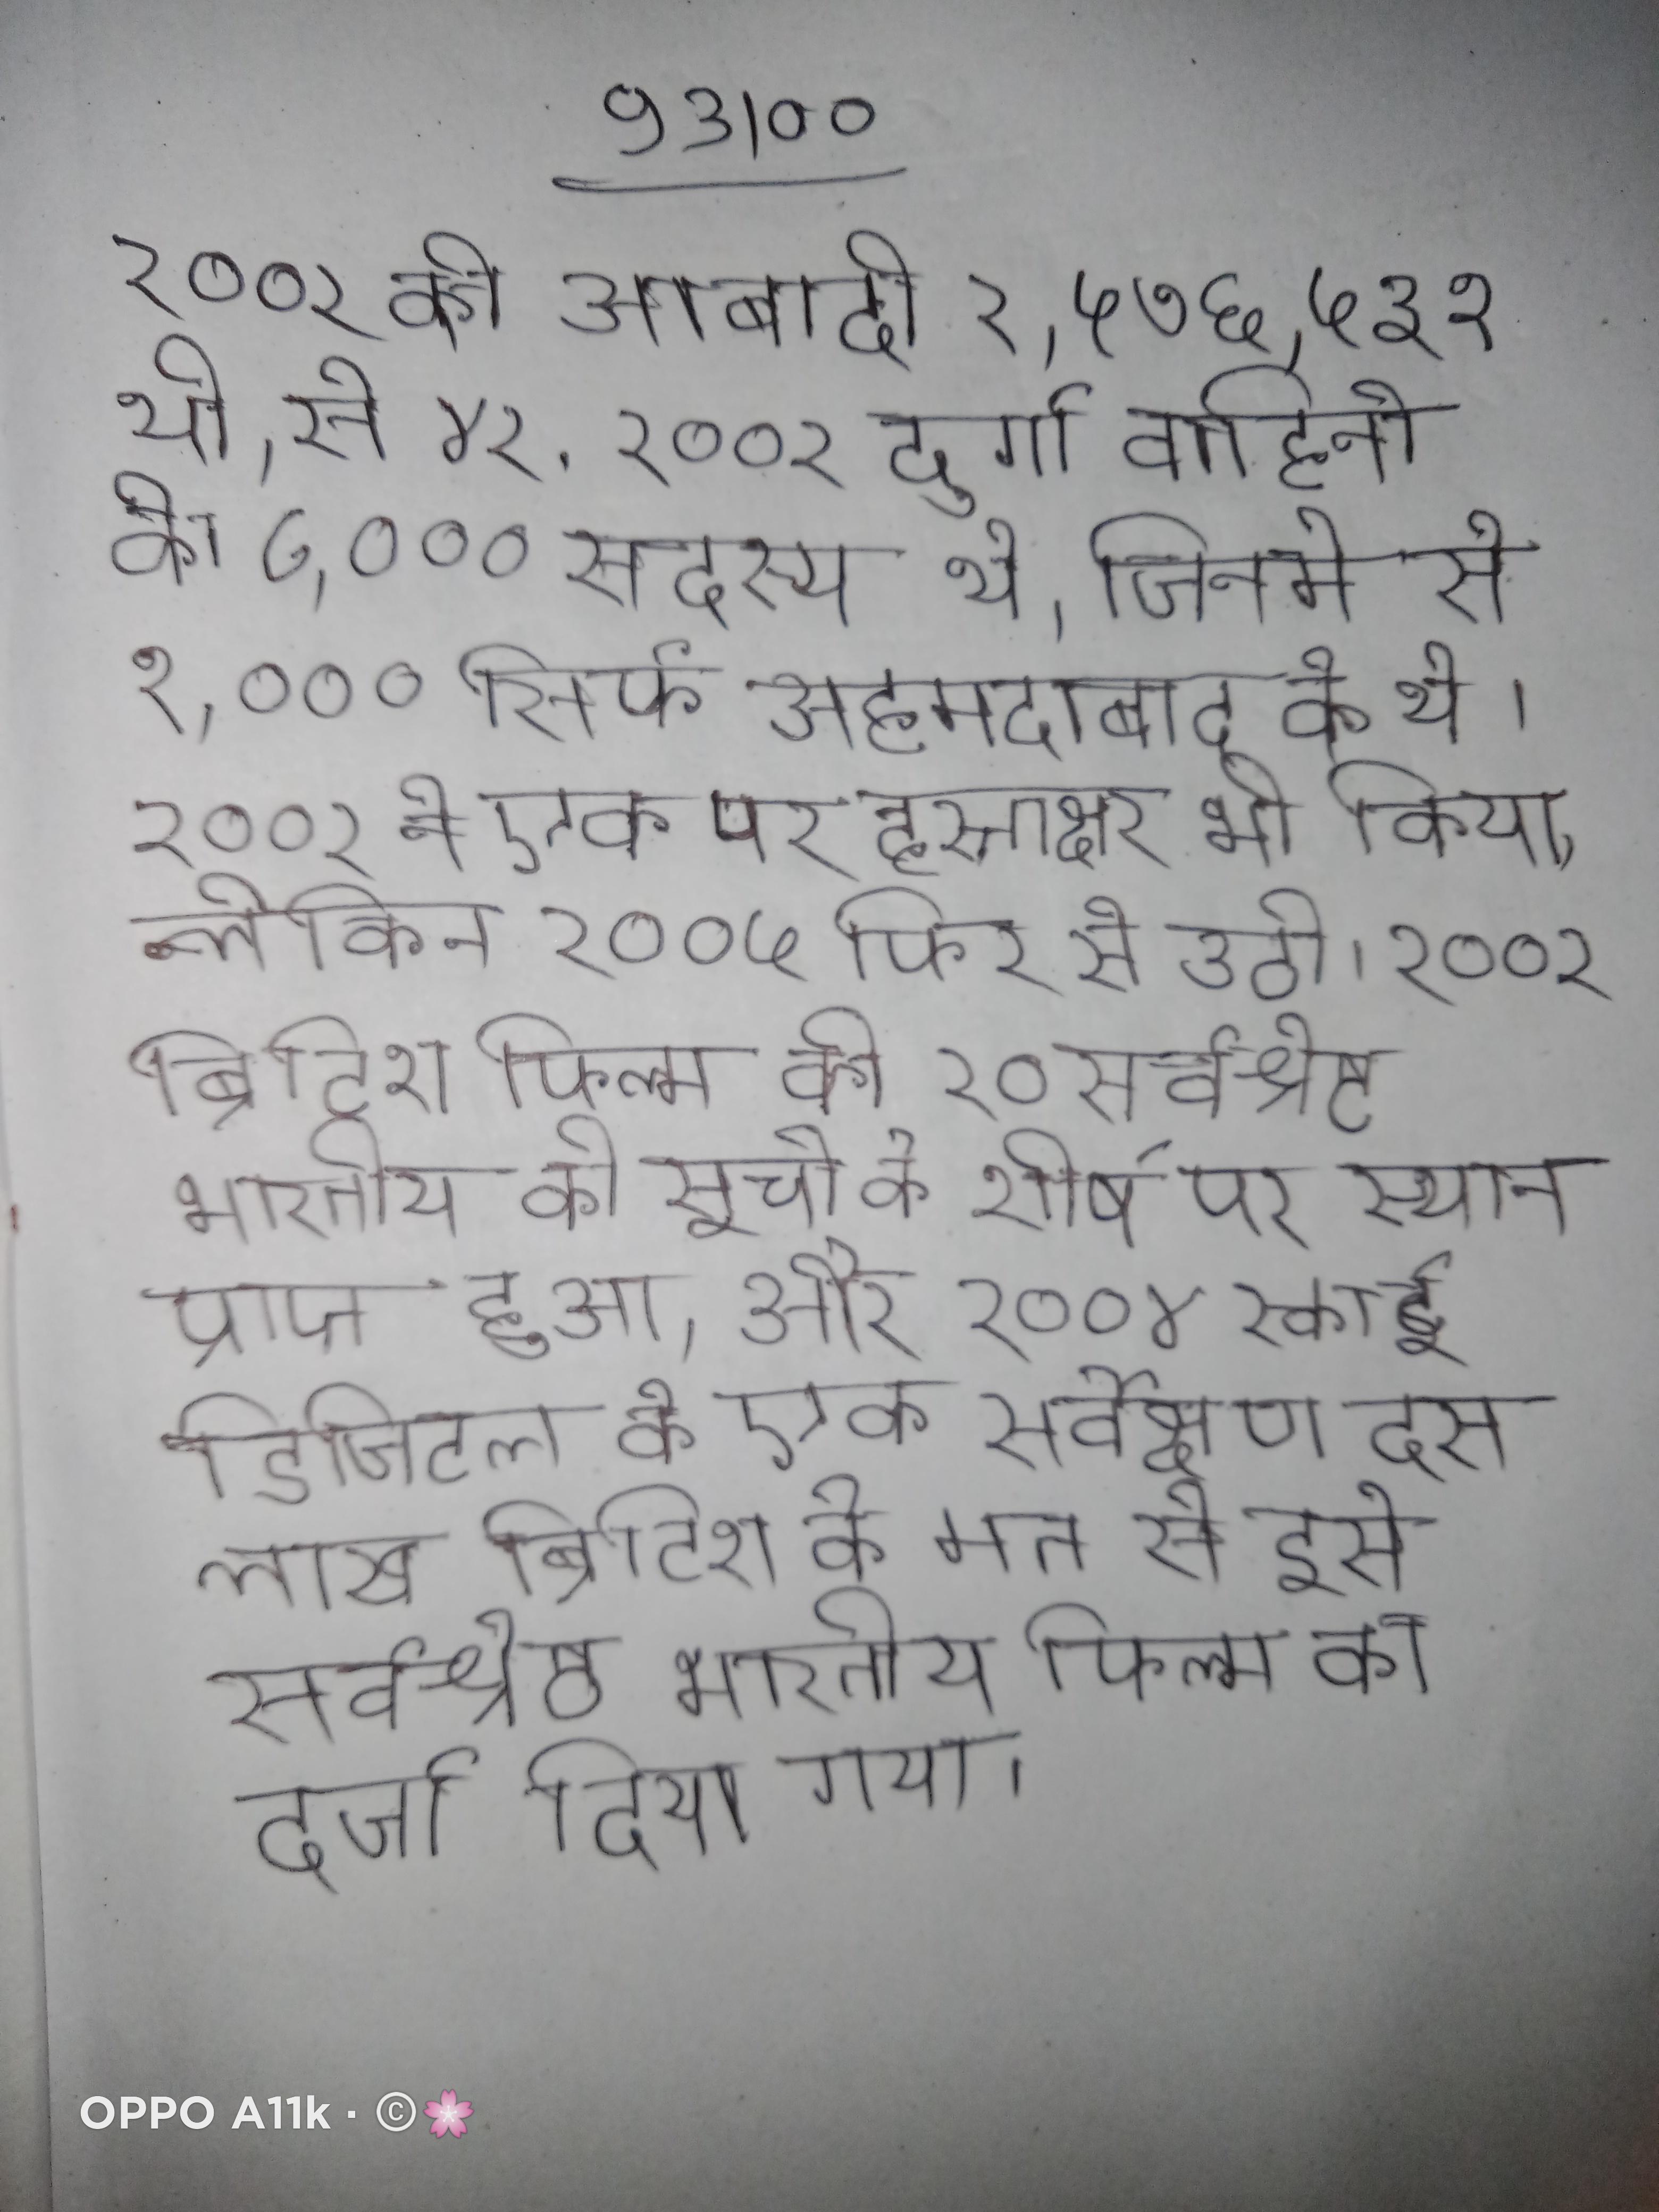
२००२ की आबादी २,५७६,५३१ थी, से ४२ . २००२ दुर्गा वाहिनी के ८,००० सदस्य थे, जिनमे से १,००० सिर्फ अहमदाबाद के थे । २००२ ने एक पर हस्ताक्षर भी किया, लेकिन २००५ फिर से उठी । २००२ ब्रिटिश फिल्म की १० सर्वश्रेष्ठ भारतीय की सूची के शीर्ष पर स्थान प्राप्त हुआ, और २००४ स्काई डिजिटल के एक सर्वेक्षण दस लाख ब्रिटिश के मत से इसे सर्वश्रेष्ठ भारतीय फिल्म का दर्जा दिया गया ।